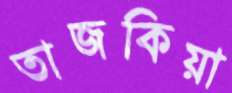
তাজকিয়া